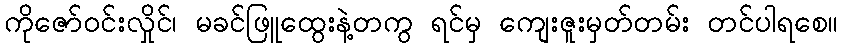
ကိုဇော်ဝင်းလှိုင်၊ မခင်ဖြူထွေးနဲ့တကွ ရင်မှ ကျေးဇူးမှတ်တမ်း တင်ပါရစေ။